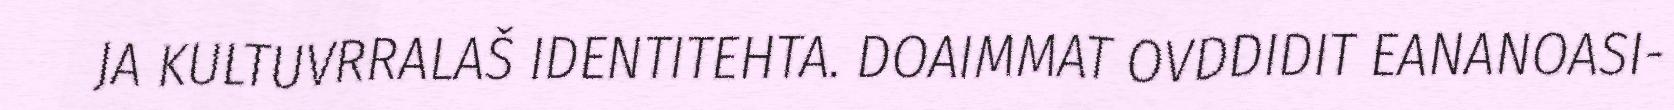
JA KULTUVRRALAŠ IDENTITEHTA. DOAIMMAT OVDDIDIT EANANOASI-